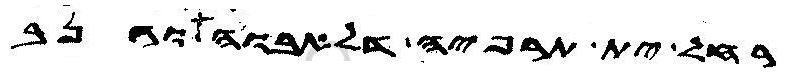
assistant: רחל ית תרפיה דלאבוה וגנב